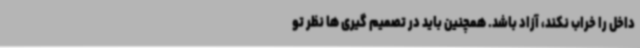
داخل را خراب نکند، آزاد باشد. همچنین باید در تصمیم گیری ها نظر تو